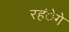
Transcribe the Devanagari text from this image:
रहंेगे